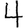
Digit: 4